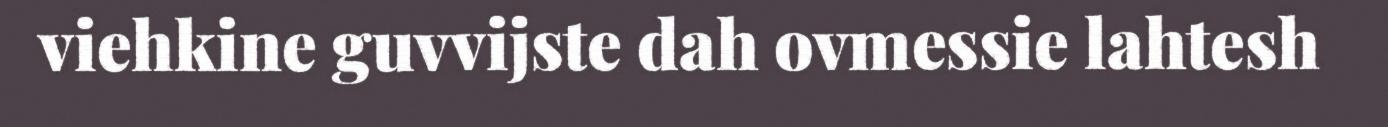
viehkine guvvijste dah ovmessie lahtesh